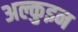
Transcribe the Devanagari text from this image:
अल्कुइन